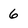
Character: 6